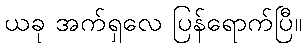
ယခု အက်ရှလေ ပြန်ရောက်ပြီ။